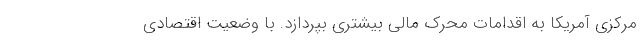
مرکزی آمریکا به اقدامات محرک مالی بیشتری بپردازد. با وضعیت اقتصادی